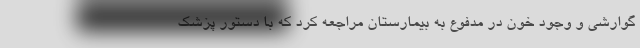
گوارشی و وجود خون در مدفوع به بیمارستان مراجعه کرد که با دستور پزشک